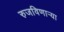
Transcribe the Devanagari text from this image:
रुजविणार्‍या